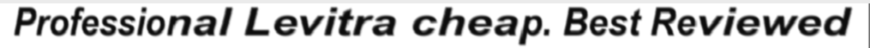
Professional Levitra cheap. Best Reviewed